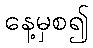
နေ့မှစ၍